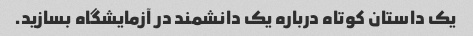
یک داستان کوتاه درباره یک دانشمند در آزمایشگاه بسازید.